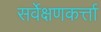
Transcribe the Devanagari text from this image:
सर्वेक्षणकर्त्ता